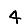
Digit: 4